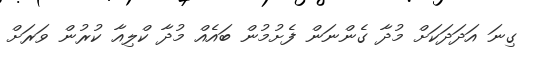
ގިނަ އަދަދަކަށް މުދާ ގެންނަން ފެށުމުން ބައެއް މުދާ ކްލިއާ ކުރުން ވަރަށް